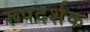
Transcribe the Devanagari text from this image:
रूपदर्शक